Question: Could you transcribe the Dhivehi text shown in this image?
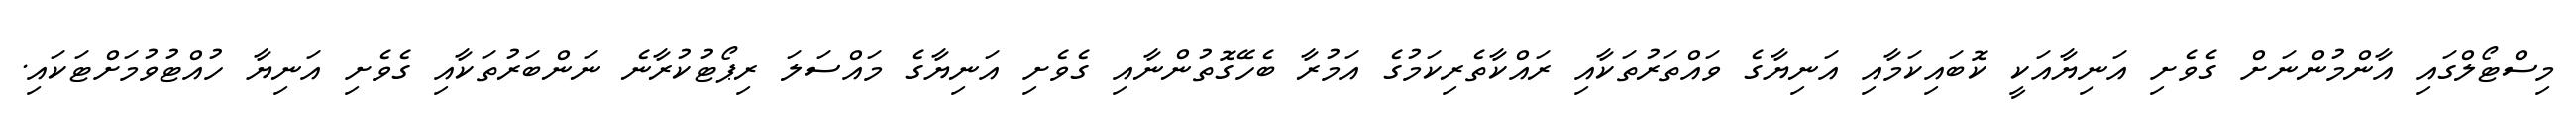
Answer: މިސްޓޯލްގައި އާންމުންނަށް ގެވެށި އަނިޔާއަކީ ކޮބައިކަމާއި އަނިޔާގެ ވައްތަރުތަކާއި ރައްކާތެރިކަމުގެ އަމުރާ ބެހޭގޮތުންނާއި ގެވެށި އަނިޔާގެ މައްސަލަ ރިޕޯޓުކުރާނެ ނަންބަރުތަކާއި ގެވެށި އަނިޔާ ހުއްޓުވުމަށްޓަކައި.